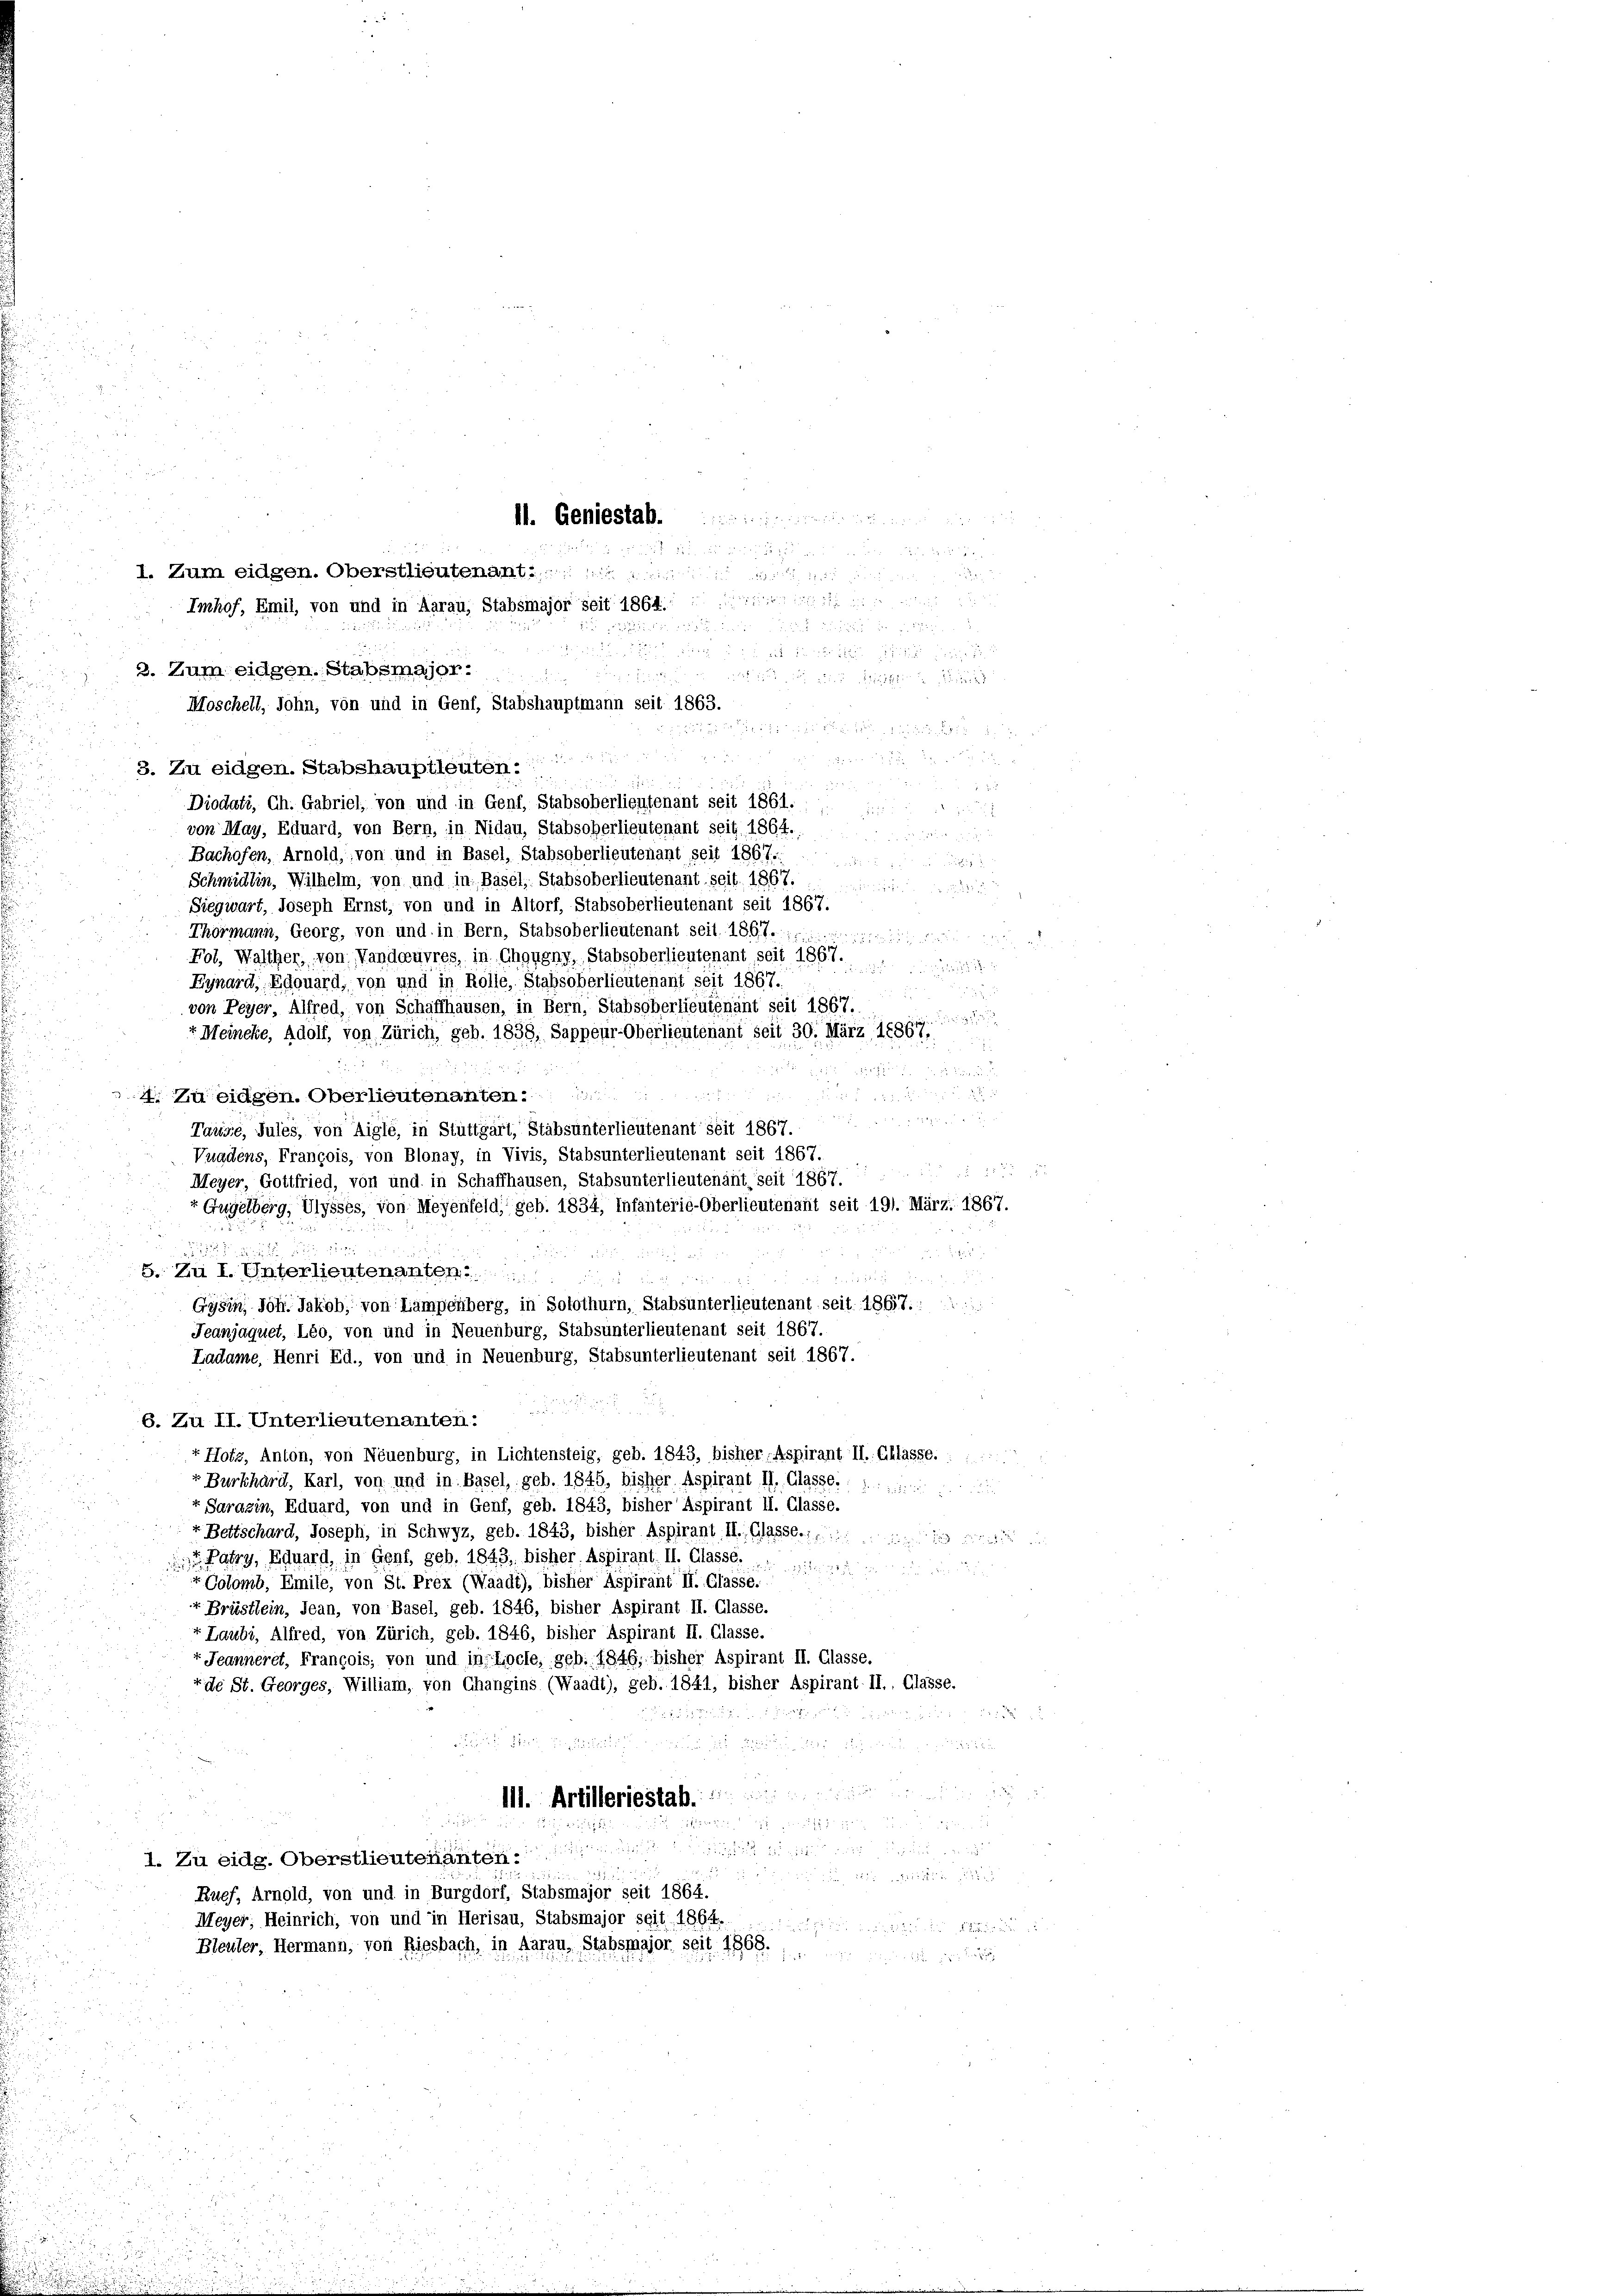
M. Geniestab.

I. Zum eidgen. Oberstlieutenant.. .. ..
Imhof, Emil, von und in Aarau, Stabsmajor seit 1864.

2. Zum eidgen. Stabsmajor.

Moschell, Sohn, von und in Genf, Stabshauptmann seit 1863.

a
3. Zu eidgen. Stabshauptleuten:
Diodati, Ch. Gabriel, von und in Genf, Stabsoberlieutenant seit 1861.
von May, Eduard, von Bern, in Nidau, Stabsoherlieutenant seit 1864.

514

 x 2
Bachofen, Arnold, von und in Basel, Stabsoberlieutenant seit 1867.

Schmidlin, Wilhelm, von und in Basel, Stabsoberlieutenant seit. 1867.
Siegwart, Joseph Ernst, von und in Altorf, Stabsoberlieutenant seit 1867.
Thörmann, Georg, von und in Bern, Stabsoberlieutenant seit 1867. 1

Fol, Walther, von Vandauvres, in Chougny, Stabsoberlieutenant seit 1867.
e
Eynard, Edouard, von und in Rolle, Stahsoberlieutenant seit 1867.
von Peyer, Alfred, von Schaffhausen, in Bern, Stabsoberlieutenant seit 1867.
d
t Meineke, Adolf, von Zürich, geb. 1838, Sappeur-Oberlieutenant seit 30. März 1886 1.,
175

4. Zu eidgen. Oberlieutenanten.
Tause, Jules, von Aigle, in Stuttgart, Stabsunterlieutenant seit 1867.
Vuadens, François, von Blonay, in Vivis, Stabsunterlieutenant seit 1867.
         12 x
Meyer, Gottfried, von und in Schaffhausen, Stabsunterlieutenant seit 1867.
“ Gugelberg, Ulysses, von Meyenfeld, geb. 1834, Infanterie-Oberlieutenant seit 191. März. 1867.
.
8. Zu I. Unterlieutenanten

Gysin, Joh. Jakob, von Lampenberg, in Solothurn, Stabsunterlieutenant seit 1867.:
Jeanjaquet, Léo, von und in Neuenburg, Stabsunterlieutenant seit 1867.
Ladame, Henri Ed., von und in Neuenburg, Stabsunterlieutenant seit 1867.
6. Zu II. Unterlieutenanten:
Hotz, Anton, von Neuenburg, in Lichtensteig, geb. 1843, bisher Aspirant II. Classe. :  ..
Burkhard, Karl, von und in Basel, geb. 1845, bisher Aspirant II. Glasse.
+ Sarazin, Eduard, von und in Genf, geb. 1843, bisher Aspirant II. Glasse.
r Bettschard, Joseph, in Schwyz, geb. 1843, bisher Aspirant II. Glasse.
Pary, Eduard, in Genf, geb. 1843, bisher Aspirant. II. Classe.  ..
r Colomb, Emile, von St. Prex (Waadt), bisher Aspirant II. Glasse.
Brüstlein, Jean, von Basel, geb. 1846, bisher Aspirant II. Glasse.
Laubi, Alfred, von Zürich, geb. 1846, bisher Aspirant II. Glasse.
r Jeanneret, François, von und in Loche, geb. 1846, bisher Aspirant II. Glasse.
ide St. Georges, William, von Changins (Waadt), geb. 1841, bisher Aspirant II., Glasse.
8

III. Artilleriestab.

 x
2

1. Zu eidg. Oberstlieutenanten:

Ruef, Arnold, von und in Burgdorf, Stabsmajor seit 1864.
.
Meyer; Heinrich, von und in Herisau, Stabsmajor seit 1864.

Bleuler, Hermann, von Riesbach, in Aarau, Stabsmajor seit 1868.